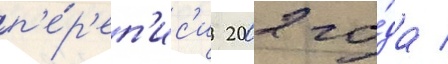
п'е́р'еп'ис'и 2002 го́да /